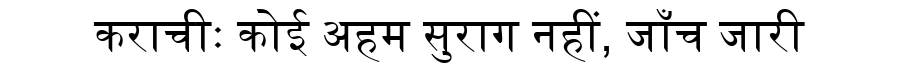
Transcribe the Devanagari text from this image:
कराचीः कोई अहम सुराग नहीं, जाँच जारी